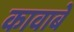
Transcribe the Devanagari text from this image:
कावाबे